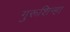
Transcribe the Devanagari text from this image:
गुरूशिन्हा